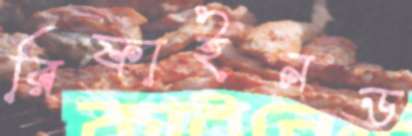
রিফাইনড